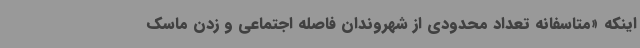
اینکه «متاسفانه تعداد محدودی از شهروندان فاصله اجتماعی و زدن ماسک